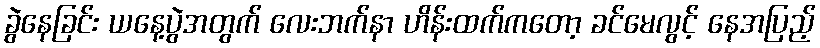
ခွဲနေခြင်း ယနေ့ပွဲအတွက် လေးဘက်နာ ဟိန်းထက်ကတော့ ခင်မေလွင့် နေအပြည့်